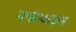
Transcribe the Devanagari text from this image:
मर्कन्टाइल